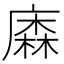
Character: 𢊲